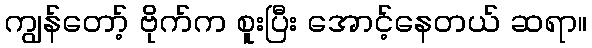
ကျွန်တော့် ဗိုက်က စူးပြီး အောင့်နေတယ် ဆရာ။